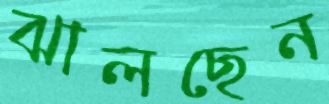
ঝালছেন